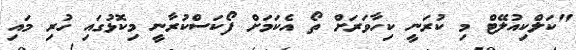
"ކަލްކިއުލޭޓް މި ކުރަނީ ކިހާވަރަށް ތޯ އެކަމަށް ފޯކަސްކުރާނީ މިކޮޅުގައި ހުރި މައި